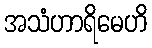
အသံဟာရိမေဟိ